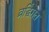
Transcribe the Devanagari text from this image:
व्रद्धिंगत